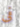
فى